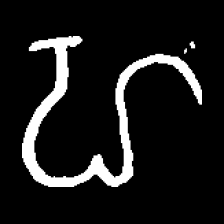
Pyu character \u2014 Myanmar letter: ဟ (romanized: ha)